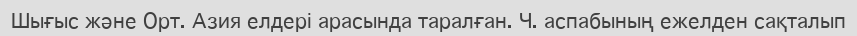
Шығыс және Орт. Азия елдері арасында таралған. Ч. аспабының ежелден сақталып